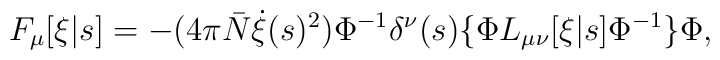
F_\mu[\xi|s] = -(4\pi{\bar N}\dot{\xi}(s)^2) \Phi^{-1} \delta^\nu(s)   \{\Phi L_{\mu\nu}[\xi|s] \Phi^{-1}\} \Phi,